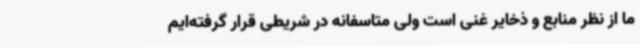
ما از نظر منابع و ذخایر غنی است ولی متاسفانه در شریطی قرار گرفته‌ایم